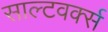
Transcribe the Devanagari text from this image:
साल्टवर्क्स